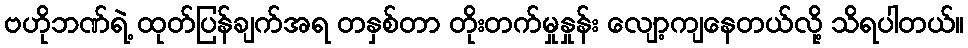
ဗဟိုဘဏ်ရဲ့ ထုတ်ပြန်ချက်အရ တနှစ်တာ တိုးတက်မှုနှုန်း လျော့ကျနေတယ်လို့ သိရပါတယ်။